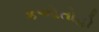
કઓતોહો